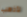
لأذهب